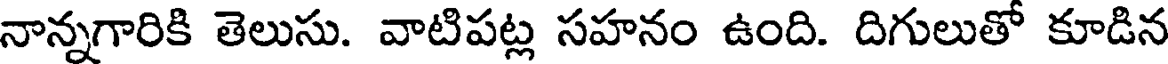
నాన్నగారికి తెలుసు. వాటిపట్ల సహనం ఉంది. దిగులుతో కూడిన